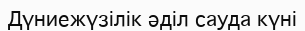
Дүниежүзілік әділ сауда күні